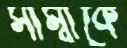
সাম্বাকে